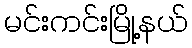
မင်းကင်းမြို့နယ်